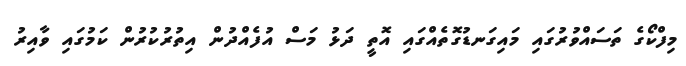
މިފްކޯގެ ތަސައްވުރުގައި މައިގަނޑުގޮތެއްގައި އޮތީ ދަޅު މަސް އުފެއްދުން އިތުރުކުރުން ކަމުގައި ވާއިރު